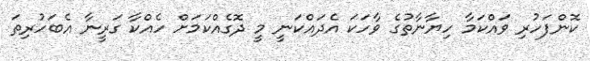
ކޮންފަހުރި ވައްކަމާ ހިޔާނާތުގެ ވާހަކަ އެދައްކަނީ މީ ދޮގެއްކަމަށް ހެއްކާ ގަރީނާ އެބަހުރިތަ